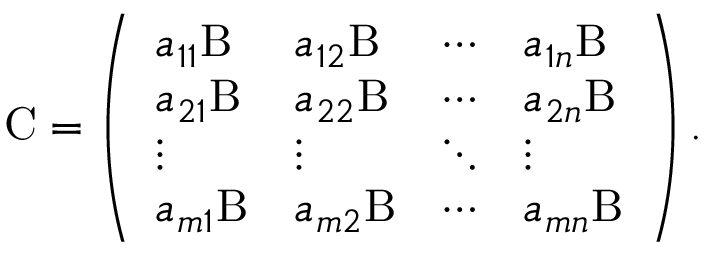
\mathrm { C } = \left( \begin{array} { l l l l } { a _ { 1 1 } \mathrm { B } } & { a _ { 1 2 } \mathrm { B } } & { \cdots } & { a _ { 1 n } \mathrm { B } } \\ { a _ { 2 1 } \mathrm { B } } & { a _ { 2 2 } \mathrm { B } } & { \cdots } & { a _ { 2 n } \mathrm { B } } \\ { \vdots } & { \vdots } & { \ddots } & { \vdots } \\ { a _ { m 1 } \mathrm { B } } & { a _ { m 2 } \mathrm { B } } & { \cdots } & { a _ { m n } \mathrm { B } } \end{array} \right) .